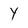
Character: Y